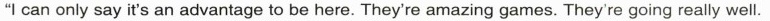
"I can only say it's an advantage to be here. They're amazing games. They're going really well.